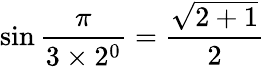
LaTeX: \sin{\frac{\pi}{3\times 2^{0}}}={\frac{\sqrt{2+1}}{2}}